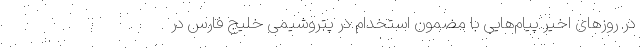
در روزهای اخیر پیام‌هایی با مضمون استخدام در پتروشیمی خلیج فارس در